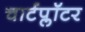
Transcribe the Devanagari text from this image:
चार्टप्लॉटर